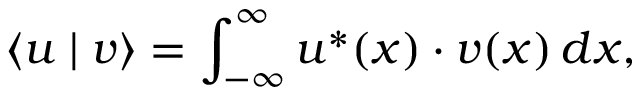
\langle u \mid v \rangle = \int _ { - \infty } ^ { \infty } u ^ { * } ( x ) \cdot v ( x ) \, d x ,